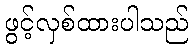
ဖွင့်လှစ်ထားပါသည်